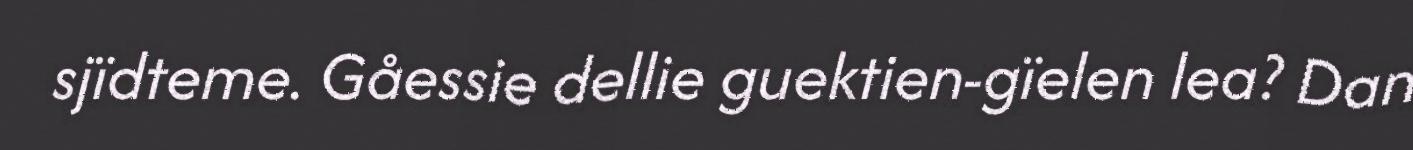
sjïdteme. Gåessie dellie guektien-gïelen lea? Dan